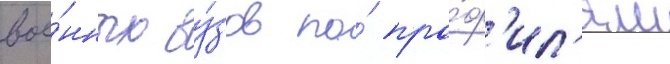
вое́нных ву́зов по́ про́ф'ил'ям